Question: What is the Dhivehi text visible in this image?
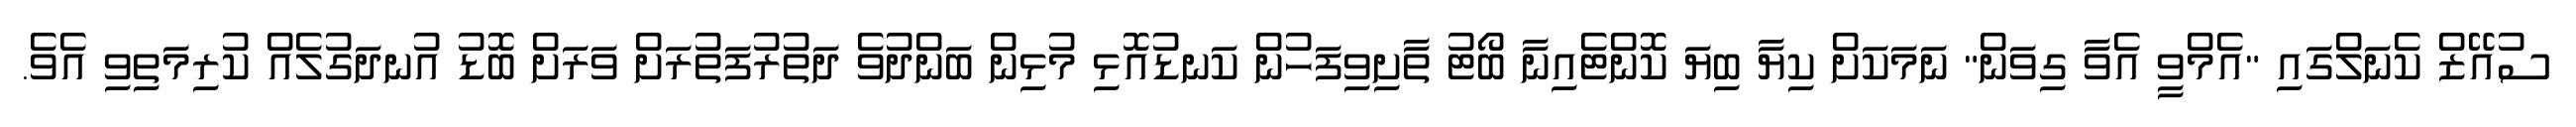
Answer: ސުއޭޒް ކެނަލްގައި "އެމްވީ އެވާ ގިވަން" ނަމަކަށް ކިޔާ ބިޔަ ކޮންޓެއިނާ ބޯޓު ތާށިވިފަހުން ކަނޑުއޮޅި މުޅިން ބަންދުވެ ދަތުރުފަތުރަށް ވަރަށް ބޮޑު އުނދަގުލެއް ކުރިމަތިވި އެވެ.